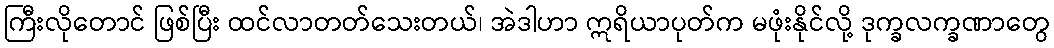
ကြီးလိုတောင် ဖြစ်ပြီး ထင်လာတတ်သေးတယ်၊ အဲဒါဟာ ဣရိယာပုတ်က မဖုံးနိုင်လို့ ဒုက္ခလက္ခဏာတွေ